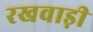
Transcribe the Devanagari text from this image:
रखवाड़ी